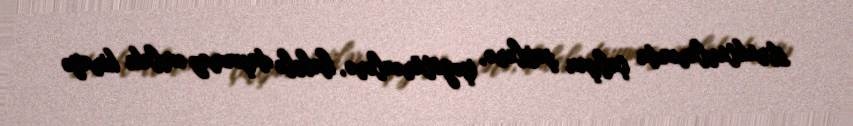
strukturlarında çalışan şəxslərə, işəgötürənlərə, habelə daşınmaz əmlakı kirayə